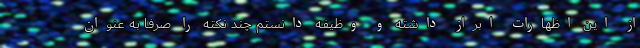
از این اظهارات ابراز داشته و وظیفه دانستم چند نکته را صرفا به عنوان